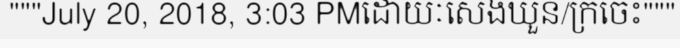
"""July 20, 2018, 3:03 PMដោយៈសេងឃួន/ក្រចេះ"""